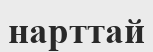
нарттай